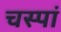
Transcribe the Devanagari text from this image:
चस्पां